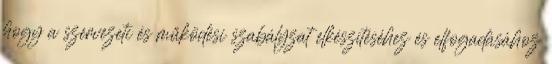
hogy a szervezeti és működési szabályzat elkészítéséhez és elfogadásához